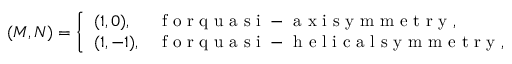
( M , N ) = \left\{ \begin{array} { l l } { ( 1 , 0 ) , } & { \mathrm { ~ f ~ o ~ r ~ q ~ u ~ a ~ s ~ i ~ - ~ a ~ x ~ i ~ s ~ y ~ m ~ m ~ e ~ t ~ r ~ y ~ } , } \\ { ( 1 , - 1 ) , } & { \mathrm { ~ f ~ o ~ r ~ q ~ u ~ a ~ s ~ i ~ - ~ h ~ e ~ l ~ i ~ c ~ a ~ l ~ s ~ y ~ m ~ m ~ e ~ t ~ r ~ y ~ } , } \end{array} \right.